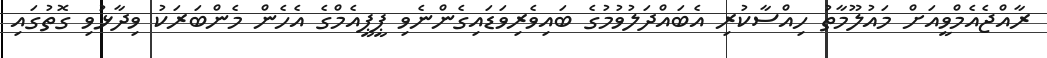
ރާއްޖެއެމްވީއަށް މައުލޫމާތު ހިއްސާކުރި އެބައްދަލުވުމުގެ ބައިވެރިވަޑައިގެންނެވި ޕީޕީއެމްގެ އެހެން މެންބަރަކު ވިދާޅުވި ގޮތުގައި